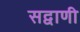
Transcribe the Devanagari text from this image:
सद्वाणी